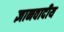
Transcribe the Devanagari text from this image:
ज्ञानवादीय